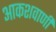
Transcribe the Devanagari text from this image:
आकशवाणी